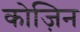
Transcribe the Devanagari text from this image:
कोज़िन